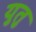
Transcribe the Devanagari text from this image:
युतु